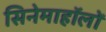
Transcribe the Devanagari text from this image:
सिनेमाहॉलों